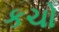
કચો